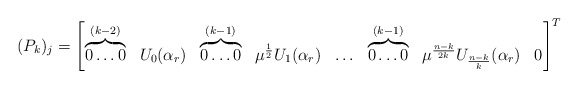
\begin{align*}(P_k)_j=\begin{bmatrix}\overbrace{0 \ldots 0}^{(k-2)} & U_0(\alpha_r) & \overbrace{0 \ldots 0}^{(k-1)} & \mu^{\frac{1}{2}} U_1(\alpha_r) & \ldots & \overbrace{0 \ldots 0}^{(k-1)} & \mu^{\frac{n-k}{2k}} U_{\frac{n-k}{k}}(\alpha_r) & 0\end{bmatrix}^{T} \end{align*}